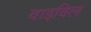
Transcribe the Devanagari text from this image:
वाइविल